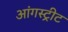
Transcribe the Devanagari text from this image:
आंगस्ट्रीट